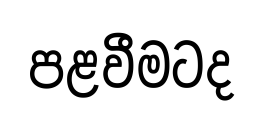
පළවීමටද